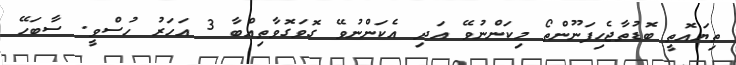
ތިޔައޮތީ ބޮޑުތާޖެހިފަނޫންތޯ މިކަންނުވޭ އަދި އެކަންނުވޭ ގޮވަގޮވާތިއްބާ 3 އަހަރު ހުސްވީ. ސާބަހޭ